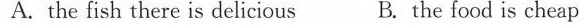
A. the fish there is delicious B. the food is cheap